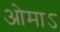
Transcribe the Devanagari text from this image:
ओमाऽ